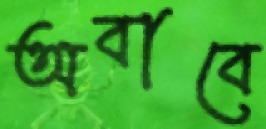
অবাবে